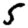
Digit: 5